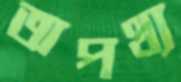
অপথ্য